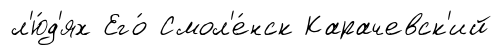
л'ю́д'ях Его́ Смол'е́нск Карачевск'ий